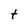
Character: t